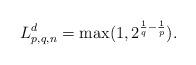
LaTeX: \begin{align*}L^d_{p,q,n}=\max(1,2^{\frac{1}{q}-\frac{1}{p}}).\end{align*}